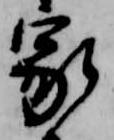
家